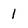
Character: 1